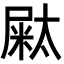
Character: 𡳁